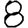
Digit: 8